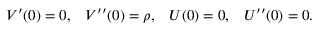
V ^ { \prime } ( 0 ) = 0 , \; \; \; V ^ { \prime \prime } ( 0 ) = \rho , \; \; \; U ( 0 ) = 0 , \; \; \; U ^ { \prime \prime } ( 0 ) = 0 .